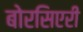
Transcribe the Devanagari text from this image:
बोरसिएरी